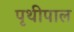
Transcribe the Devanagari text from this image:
पृथीपाल